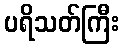
ပရိသတ်ကြီး